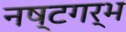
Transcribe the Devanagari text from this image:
नष्टगर्भ